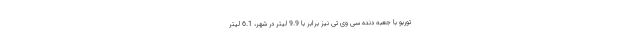
توربو با جعبه دنده سی وی تی نیز برابر با 9.9 لیتر در شهر، 6.1 لیتر